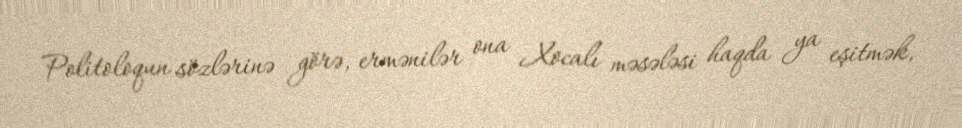
Politoloqun sözlərinə görə, ermənilər ona Xocalı məsələsi haqda ya eşitmək,